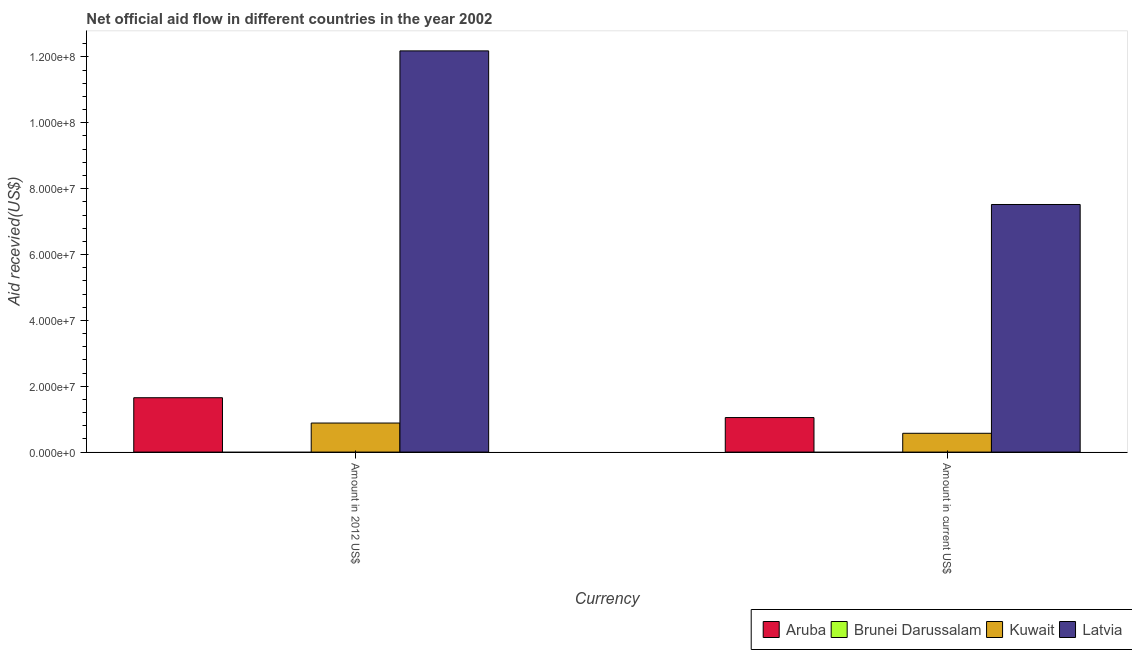
| Currency | Aruba | Brunei Darussalam | Kuwait | Latvia |
 | --- | --- | --- | --- | --- |
 | Amount in 2012 US$ | 1.65e+07 | -2.1e+05 | 8.82e+06 | 1.22e+08 |
 | Amount in current US$ | 1.05e+07 | -1.82e+06 | 5.71e+06 | 7.52e+07 |